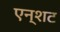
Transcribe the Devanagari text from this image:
एन्शट